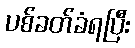
ပစ်ခတ်ခံရပြီး